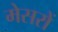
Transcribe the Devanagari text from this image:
मेसरों